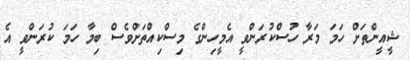
ޝީއީންތަށް ހަމަ މަރާ ހުސްކުރަންވީ އެމީހިންގެ މިސްކިއްތަށްވެސް ބިމާ ހަމަ ކުރަންވީ އެ